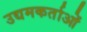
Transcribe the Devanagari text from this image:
उद्यमकर्ताओं